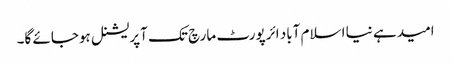
امید ہے نیا اسلام آباد ائرپورٹ مارچ تک آپریشنل ہوجائے گا۔